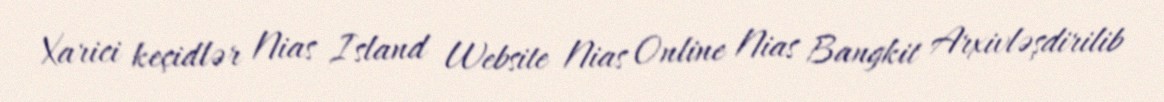
Xarici keçidlər Nias Island Website Nias Online Nias Bangkit Arxivləşdirilib